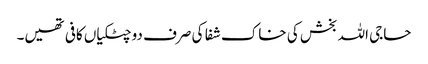
حاجی اللہ بخش کی خاک شفا کی صرف دو چٹکیاں کافی تھیں۔